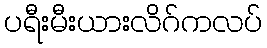
ပရီးမီးယားလိဂ်ကလပ်